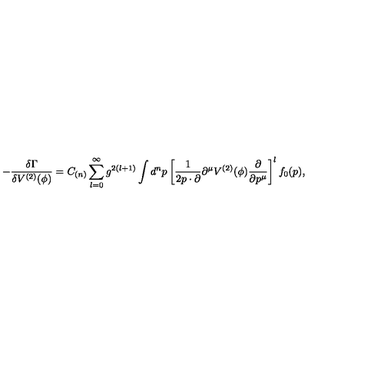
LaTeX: - \frac { \delta \Gamma } { \delta V ^ { ( 2 ) } ( \phi ) } = C _ { ( n ) } \sum _ { l = 0 } ^ { \infty } g ^ { 2 ( l + 1 ) } \int d ^ { n } p \left[ \frac { 1 } { 2 p \cdot \partial } \partial ^ { \mu } V ^ { ( 2 ) } ( \phi ) \frac { \partial } { \partial p ^ { \mu } } \right] ^ { l } f _ { 0 } ( p ) ,